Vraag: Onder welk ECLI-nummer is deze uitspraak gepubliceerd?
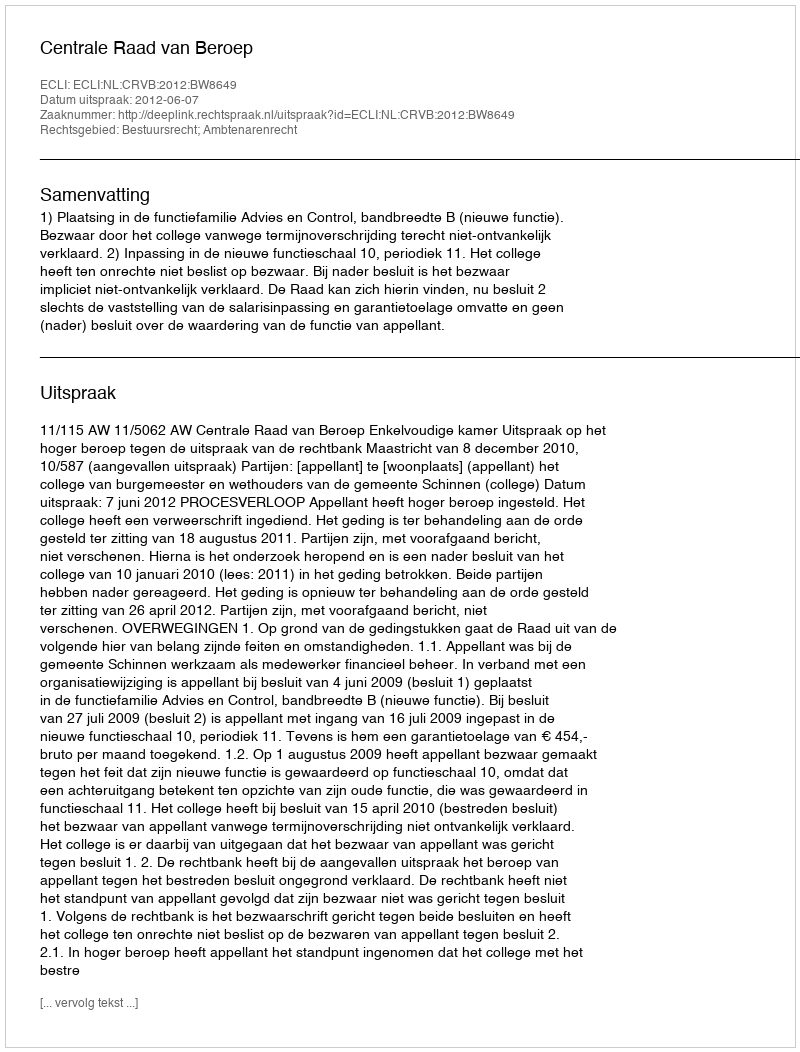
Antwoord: ECLI:NL:CRVB:2012:BW8649